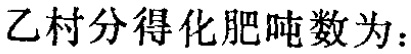
乙村分得化肥吨数为：